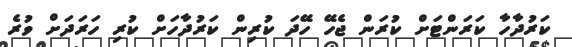
ކަރުދާހާ ކަރަންޓަށް ކުރަން ޖެހޭ ހޭދަ ކުރިން ކަރުދާހަށް ކުރި ހަރަދަށް ވުރެ